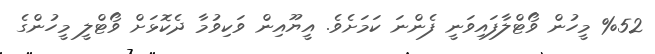
%52 މީހުން ވޯޓްލާފައިވަނީ ފެންނަ ކަމަށެވެ. އީޔޫއިން ވަކިވުމާ ދެކޮޅަށް ވޯޓްލީ މީހުންގެ